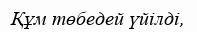
Құм төбедей үйілді,